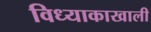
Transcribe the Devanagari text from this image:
विध्याकाखाली